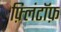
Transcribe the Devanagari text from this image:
फ़्लिंटॉफ़